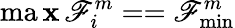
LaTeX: \operatorname*{ma\mathbf{x}}{\mathscr{F}_{i}^{m}}==\mathscr{F}_{\operatorname*{min}}^{m}